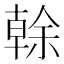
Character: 𠏉